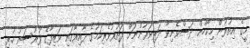
މީގެ އިތުރުން މިކޯހުން ދަސްވެނިވާ ދަރިވަރުންނަށް ފަތުރުވެރިކަމުގެ ދާއިރާގައި ވަޒިފާގެ ފުރުސަތު ހުރި